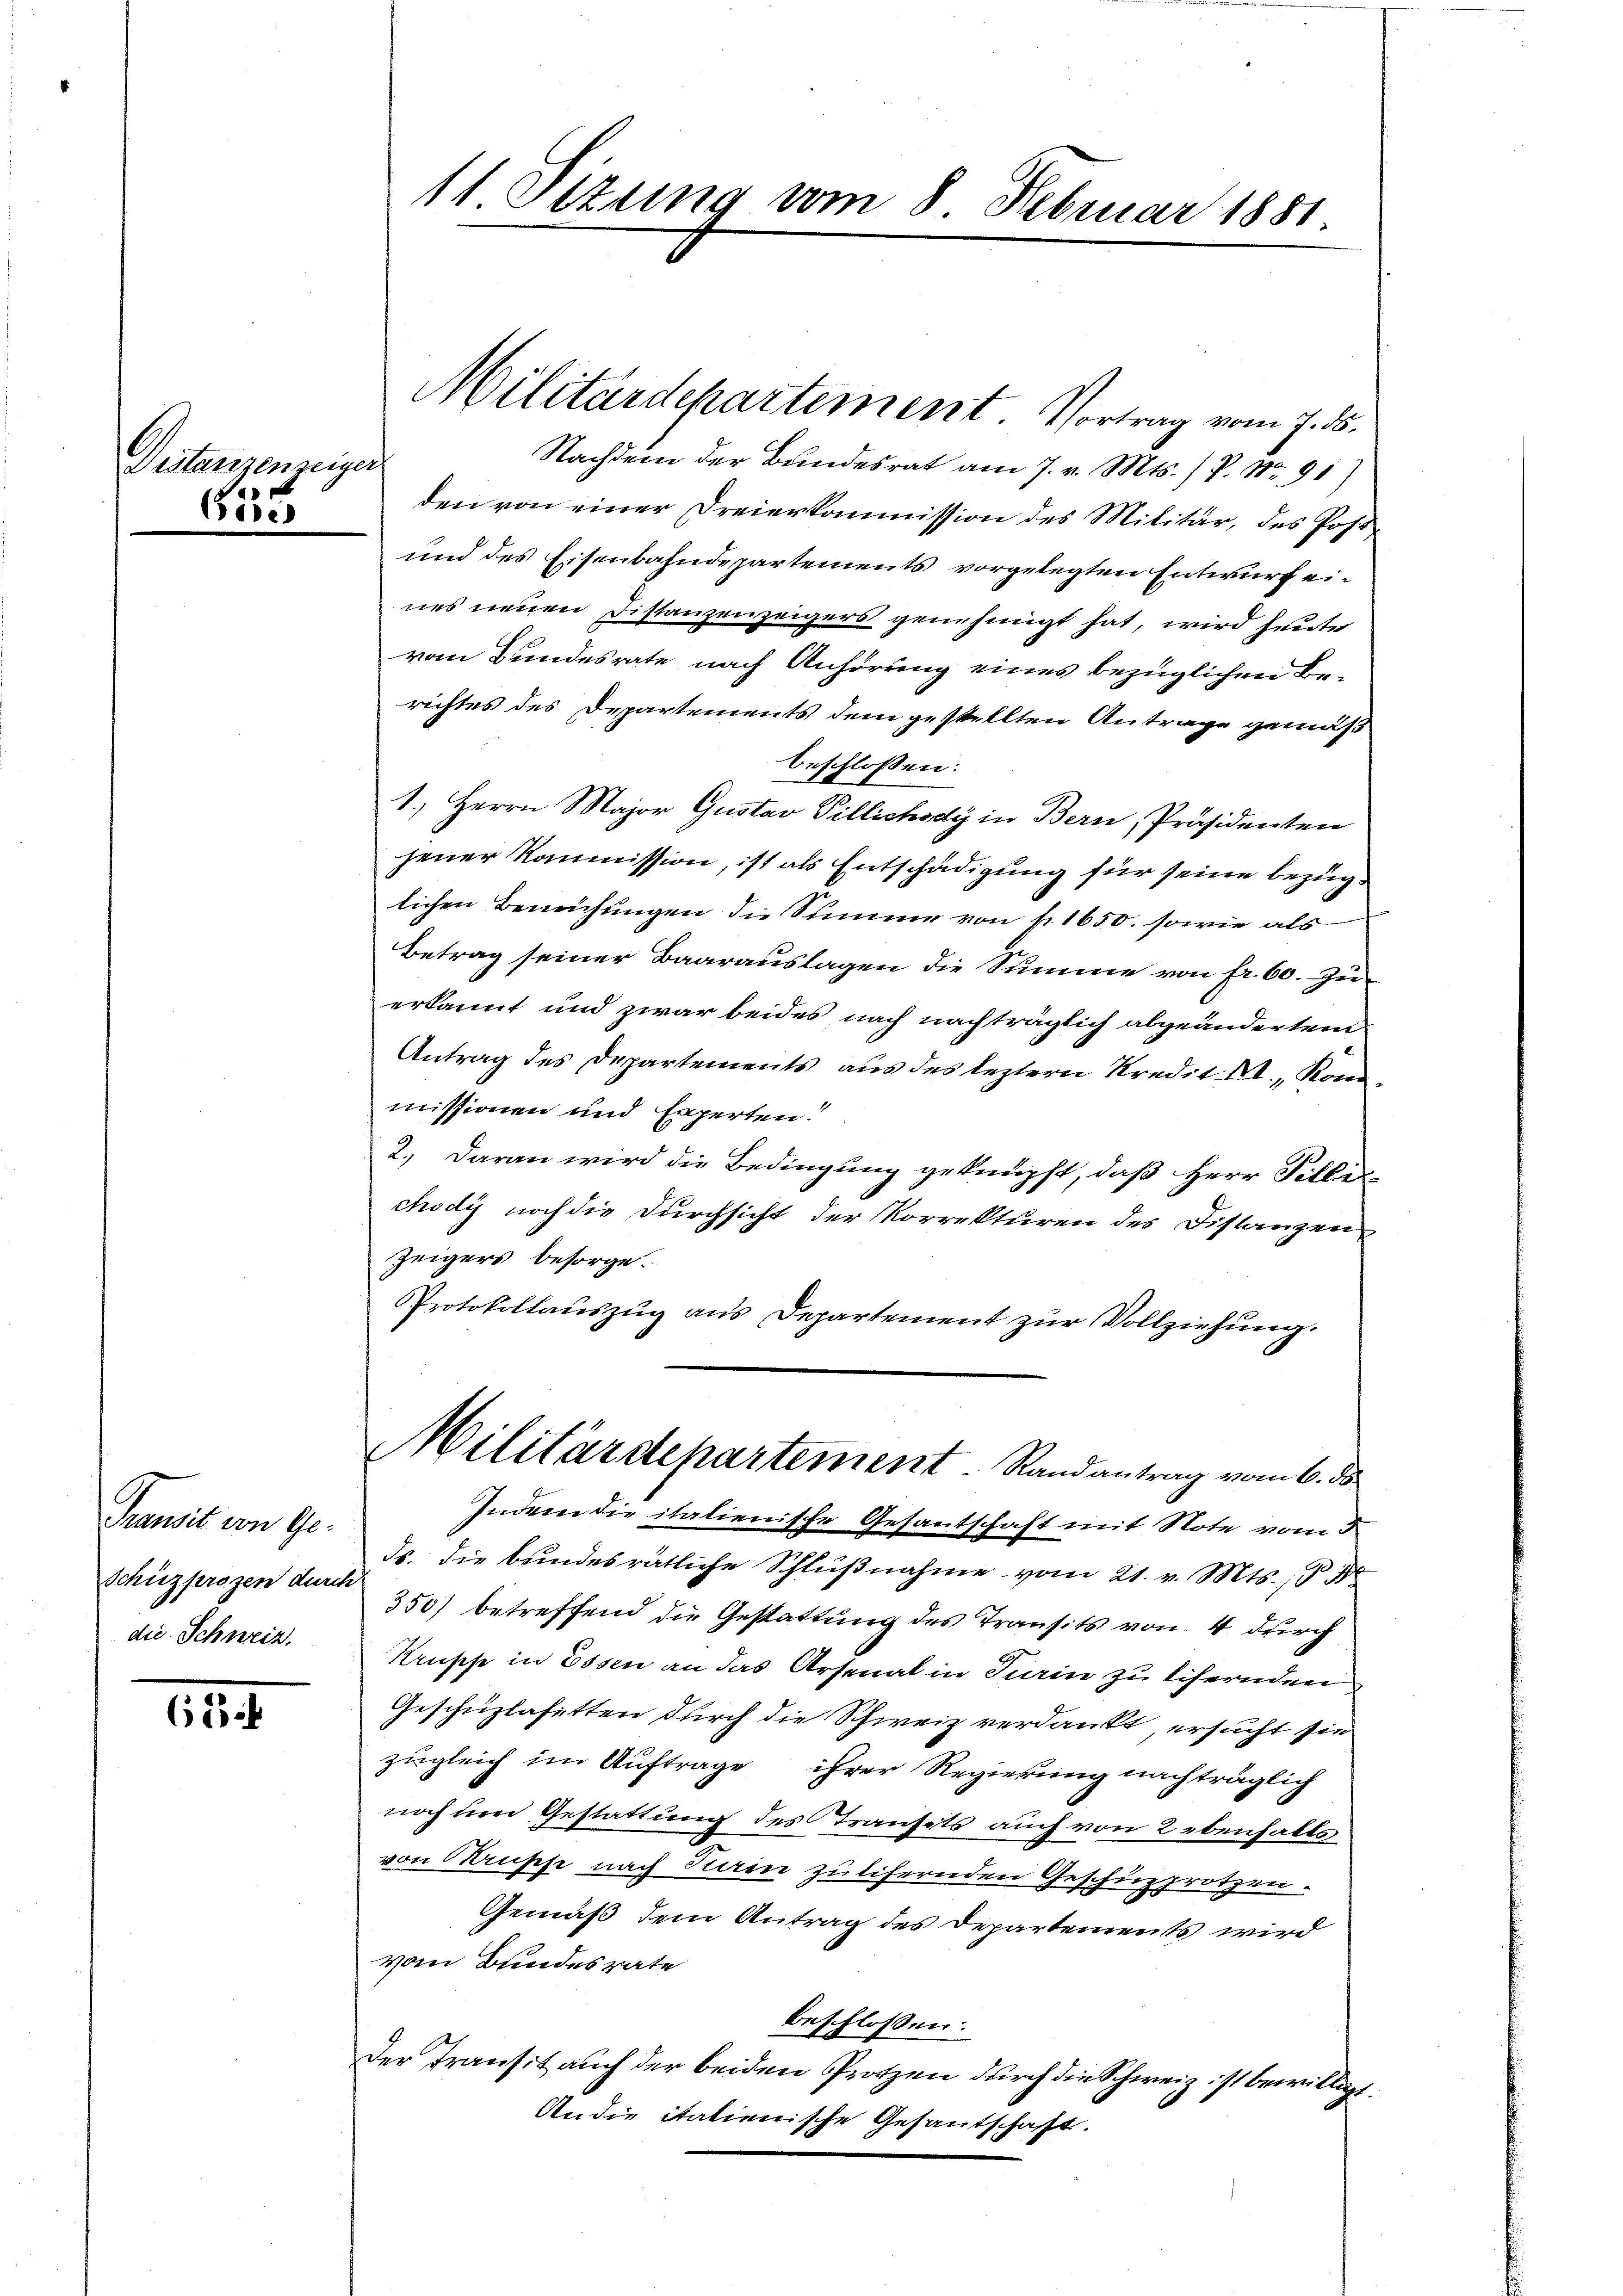
Pestanzenzeige
1
ee

Transit von Ge-
Schüzprozen durch
die Schweiz.

62

11. Stzung vom 8. Februar 1881.

den von einer Dreierkommission des Militär, des Post¬
und des Eisenbahndepartements vorgelegten Entwurf eines neuen Distanzenzeigers genehmigt hat, wird heute
vom Bundesrate nach Anhörung eines bezüglichen Berichtes des Departements dem gestellten Antrage gemäß
beschlossen:
1.) Herrn Major Gustav Pillichody in Bern, Präsidenten
jener Kommission, ist als Entschädigung für seine bezüglichen Bemühungen die Summe von f. 1650. sowie als
Betrag seiner Baarauslagen die Summe von fr. 60. Zu-
erkannt und zwar beides nach nachträglich abgeändertem
Antrag des Departements aus des leztern Kredit. II., Konmissionen und Experten!
2.) Daran wird die Bedingung geknüpft, daß Herr Tilli
chody noch die Durchsicht der Korrekturen des Distanzen
Zeigers besorge.
Protokollauszug aus Departement zur Vollziehung.

Militärdepartement. Vortrag vom 7. ds.
Nachdem der Bundesrat am 7. v. Mts. / P. Nr. 91)
1

Militärdepartement. Randantrag vom 6. ds.

Indem die italienische Gesantschaft mit Note vom 3.
ds. die bundesrätliche Schlußnahme vom 21. v. Mts., § 3
350) betreffend die Gestattung des Transits von 4 durch
Krüsse in Essen an das Arsenal in Turin zu liefernden
Geschüzlasetten durch die Schweiz verdankt, ersucht sie
zugleich im Auftrage ihrer Regierung nachträglich
noch um Gestattung des Transits auch von 2 ebenfalls
von Krusse nach Stain zulifernden Geschüzprotzen.
Gemäß dem Antrag des Departements wird
vom Bundesrate
beschlossen:
Der Transitz auch der beiden Protzen durch die Schweiz ist bewilligt.
Andie italienische Gesantschaft.